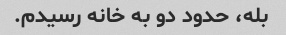
بله، حدود دو به خانه رسیدم.